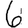
Digit: 6